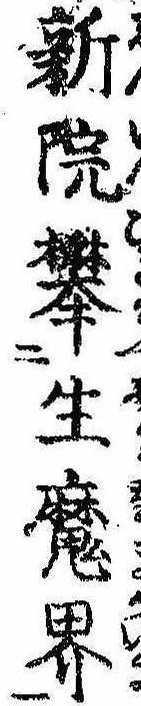
新院攀生魔界